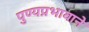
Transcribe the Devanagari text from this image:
पुण्यप्रभावाने